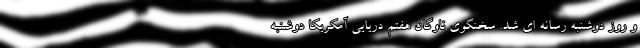
و روز دوشنبه رسانه ای شد. سخنگوی ناوگان هفتم دریایی آمکریکا دوشنبه